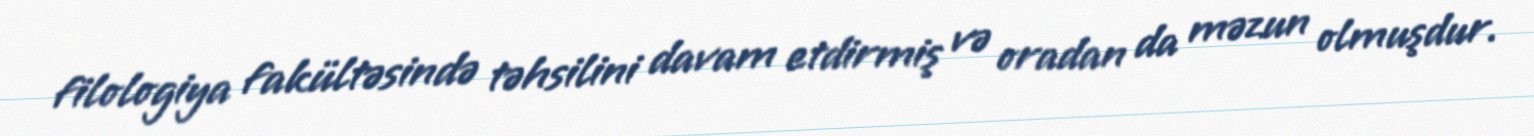
filologiya fakültəsində təhsilini davam etdirmiş və oradan da məzun olmuşdur.